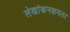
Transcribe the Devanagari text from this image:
लेखांकनक्षमता